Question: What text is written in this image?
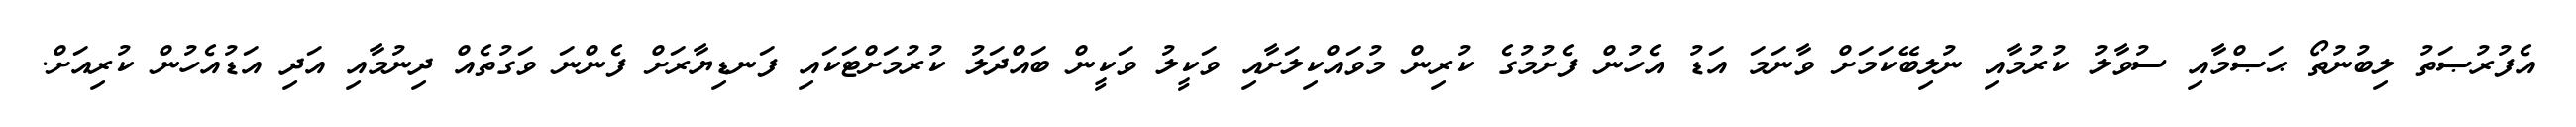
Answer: އެފުރުޞަތު ލިބުނުތޯ ޙަޞްމާއި ސުވާލު ކުރުމާއި ނުލިބޭކަމަށް ވާނަމަ އަޑު އެހުން ފެށުމުގެ ކުރިން މުވައްކިލަށާއި ވަކީލު ވަކީން ބައްދަލު ކުރުމަށްޓަކައި ފަނޑިޔާރަށް ފެންނަ ވަގުތެއް ދިނުމާއި އަދި އަޑުއެހުން ކުރިއަށް.